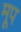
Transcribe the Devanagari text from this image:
मूप